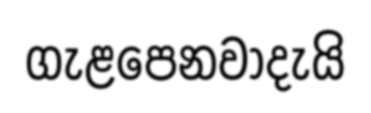
ගැළපෙනවාදැයි